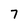
Character: 7